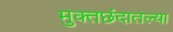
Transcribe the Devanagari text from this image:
मुक्तछंदातल्या